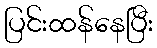
ပြင်းထန်နေပြီး